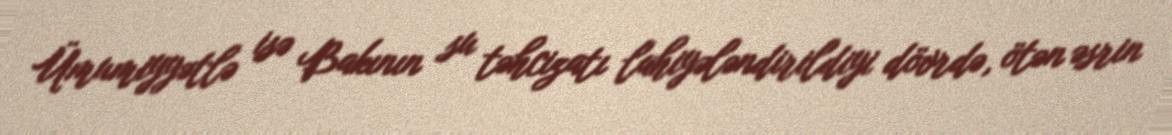
Ümumiyyətlə isə Bakının su təhcizatı lahiyələndirildiyi dövrdə, ötən əsrin